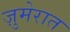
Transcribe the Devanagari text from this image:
ज़ुमेरात